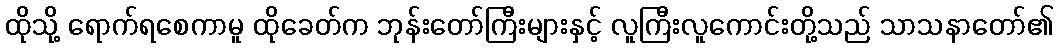
ထိုသို့ ရောက်ရစေကာမူ ထိုခေတ်က ဘုန်းတော်ကြီးများနှင့် လူကြီးလူကောင်းတို့သည် သာသနာတော်၏